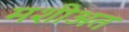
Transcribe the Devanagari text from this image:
मशीअत